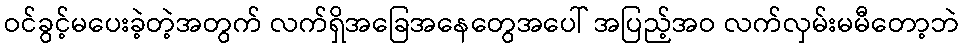
ဝင်ခွင့်မပေးခဲ့တဲ့အတွက် လက်ရှိအခြေအနေတွေအပေါ် အပြည့်အဝ လက်လှမ်းမမီတော့ဘဲ